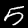
Digit: 5